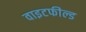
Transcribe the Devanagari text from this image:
वाइटफील्ड